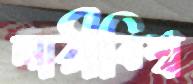
নারীবিশ্ব